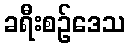
ခရီးစဉ်ဒေသ